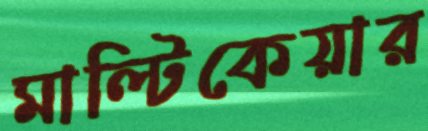
মাল্টিকেয়ার